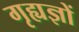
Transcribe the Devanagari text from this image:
गृह्यज्ञों